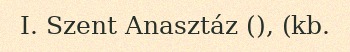
I. Szent Anasztáz (), (kb.